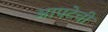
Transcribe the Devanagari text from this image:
आपटेची